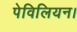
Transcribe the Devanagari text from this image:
पेविलियन।